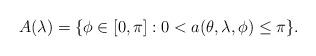
LaTeX: \begin{align*}A(\lambda) = \{ \phi \in [0,\pi] : 0 < a(\theta,\lambda,\phi) \leq \pi \}. \end{align*}